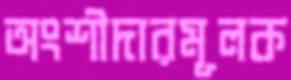
অংশীদারমূলক